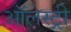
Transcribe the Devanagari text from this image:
ऑलेस्ट्री